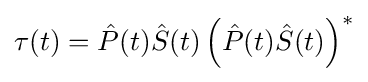
\tau (t)={\hat {P}}(t){\hat {S}}(t)\left({\hat {P}}(t){\hat {S}}(t)\right)^{*}